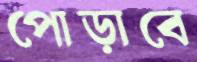
পোড়াবে